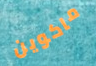
ماكوين